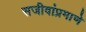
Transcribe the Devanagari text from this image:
सजीवांप्रमाणे